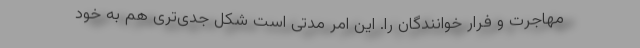
مهاجرت و فرار خوانندگان را. این امر مدتی است شکل جدی‌تری هم به خود